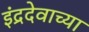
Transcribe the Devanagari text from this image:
इंद्रदेवाच्या